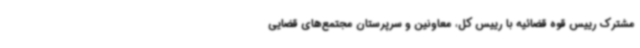
مشترک رییس قوه قضائیه با رییس کل، معاونین و سرپرستان مجتمع‌های قضایی